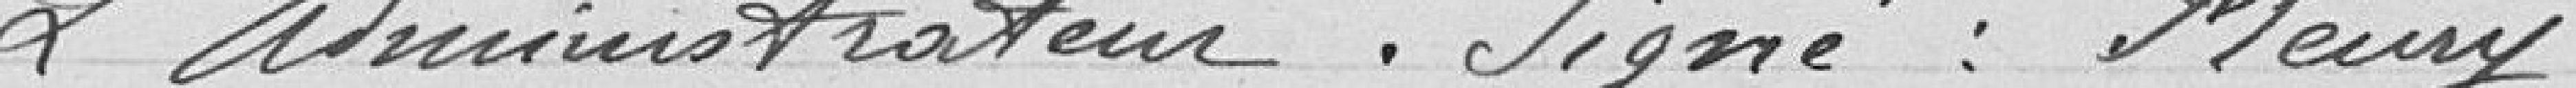
L'administrateur signé : Fleury